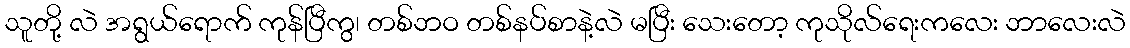
သူတို့ လဲ အရွယ်ရောက် ကုန်ပြီကွ၊ တစ်ဘဝ တစ်နပ်စာနဲ့လဲ မပြီး သေးတော့ ကုသိုလ်ရေးကလေး ဘာလေးလဲ